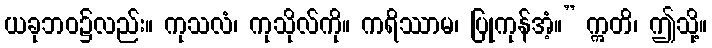
ယခုဘဝ၌လည်း။ ကုသလံ၊ ကုသိုလ်ကို။ ကရိဿာမ၊ ပြုကုန်အံ့။” ဣတိ၊ ဤသို့။